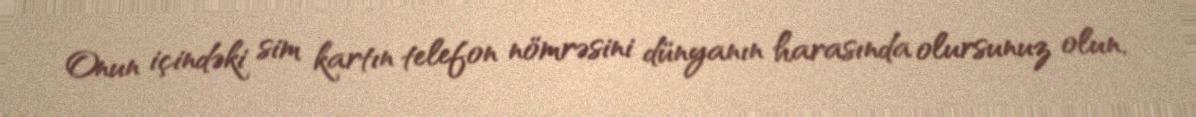
Onun içindəki sim kartın telefon nömrəsini dünyanın harasında olursunuz olun,